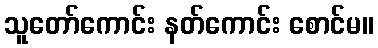
သူတော်ကောင်း နတ်ကောင်း စောင်မ။